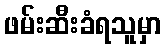
ဖမ်းဆီးခံရသူမှာ